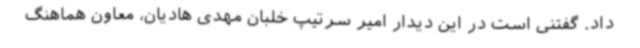
داد. گفتنی است در این دیدار امیر سرتیپ خلبان مهدی هادیان، معاون هماهنگ